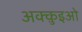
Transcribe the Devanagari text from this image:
अक्क़ुइओ